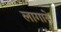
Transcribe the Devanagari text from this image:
लागाये